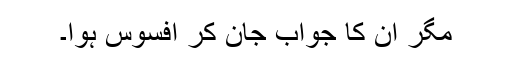
مگر ان کا جواب جان کر افسوس ہوا۔